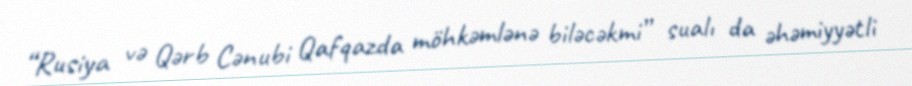
“Rusiya və Qərb Cənubi Qafqazda möhkəmlənə biləcəkmi” sualı da əhəmiyyətli